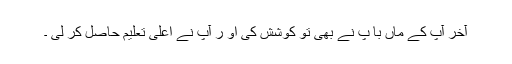
آخر آپ کے ماں با پ نے بھی تو کوشش کی او ر آپ نے اعلیٰ تعلیم حاصل کر لی ۔